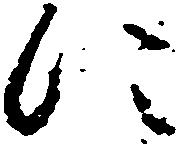
に